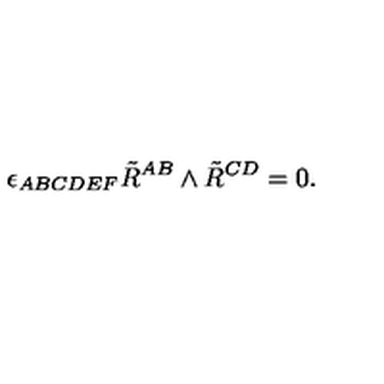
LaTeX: \epsilon _ { A B C D E F } \tilde { R } ^ { A B } \wedge \tilde { R } ^ { C D } = 0 .